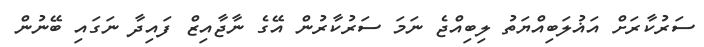
ސަރުކާރަށް އަޣުލަބިއްޔަތު ލިބިއްޖެ ނަމަ ސަރުކާރުން އޭގެ ނާޖާއިޒް ފައިދާ ނަގައި ބޭނުން